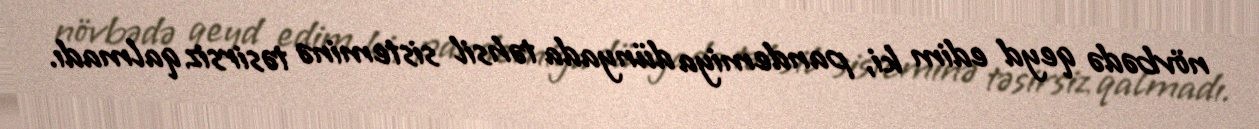
növbədə qeyd edim ki, pandemiya dünyada təhsil sisteminə təsirsiz qalmadı.